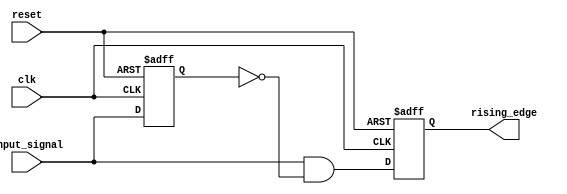
module rising_edge_detector (
    input wire clk,                // Clock signal
    input wire reset,              // Asynchronous reset signal
    input wire input_signal,       // Signal to be monitored for rising edges
    output reg rising_edge         // Output signal indicating a rising edge
);

    reg previous_state;            // Storage element for the previous state of input_signal

    // Always block to capture the previous state on the rising edge of the clock
    always @(posedge clk or posedge reset) begin
        if (reset) begin
            previous_state <= 1'b0; // Reset previous state to 0
            rising_edge <= 1'b0;     // Reset rising edge output
        end else begin
            // Edge detection logic
            rising_edge <= (input_signal && !previous_state); // Detect rising edge
            previous_state <= input_signal; // Update previous state
        end
    end

endmodule